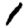
Digit: 1